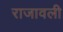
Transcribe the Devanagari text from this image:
राजावली